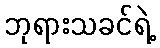
ဘုရားသခင်ရဲ့